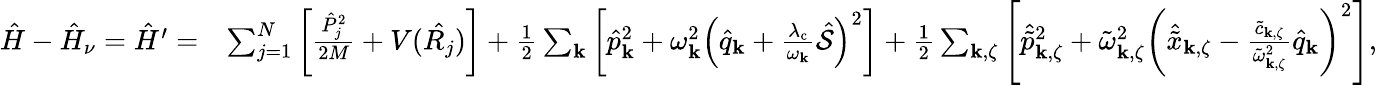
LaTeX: \begin{array}{rl}{\hat{H}-\hat{H}_{\nu}=\hat{H}^{\prime}=}&{\sum_{j=1}^{N}\left[\frac{\hat{P}_{j}^{2}}{2M}+V(\hat{R_{j}})\right]+\frac{1}{2}\sum_{\mathbf{k}}\left[\hat{p}_{\mathrm{\mathbf{k}}}^{2}+\omega_{\mathbf{k}}^{2}\left(\hat{q}_{\mathrm{\mathbf{k}}}+\frac{\lambda_{\mathrm{c}}}{\omega_{\mathbf{k}}}\hat{\mathcal{S}}\right)^{2}\right]+\frac{1}{2}\sum_{\mathbf{k},\zeta}\left[\hat{\tilde{p}}_{\mathbf{k},\zeta}^{2}+\tilde{\omega}_{\mathbf{k},\zeta}^{2}\left(\hat{\tilde{x}}_{\mathbf{k},\zeta}-\frac{\tilde{c}_{\mathbf{k},\zeta}}{\tilde{\omega}_{\mathbf{k},\zeta}^{2}}\hat{q}_{\mathrm{\mathbf{k}}}\right)^{2}\right],}\end{array}